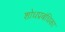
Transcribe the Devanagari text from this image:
शोधप्रबंधिका